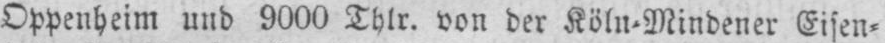
Oppenheim und 9000 Thlr. von der Köln⸗Mindener Eisen⸗